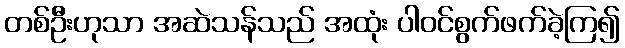
တစ်ဦးဟုသာ အဆဲသန်သည် အထုံး ပါဝင်စွက်ဖက်ခဲ့ကြ၍